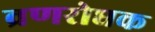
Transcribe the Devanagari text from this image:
व्रणरोधक